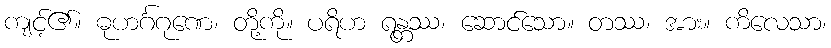
ကျင့်၏။ ဓုဟင်္ဂဂုဏေ၊ တို့ကို။ ပရိဟ ရန္တဿ၊ ဆောင်သော။ တဿ၊ အား။ ကိလေသာ၊